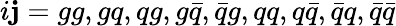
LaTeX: i\mathbf{j}=gg,gq,qg,g\bar{{q}},\bar{{q}}g,qq,q\bar{{q}},\bar{{q}}q,\bar{{q}}\bar{{q}}